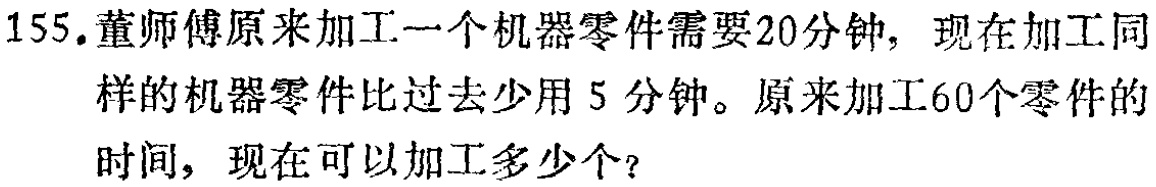
155.董师傅原来加工一个机器零件需要20分钟，现在加工同样的机器零件比过去少用5分钟。原来加工60个零件的时间，现在可以加工多少个？